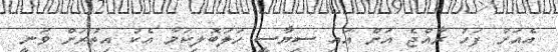
އެއަށް ފަހު ރާއްޖެ އަށް އައި ސިޔާސީ ހަލަބޮލިކަމާ އެކު އިތުރަށް ވަނީ